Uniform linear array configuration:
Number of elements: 12
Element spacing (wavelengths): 1
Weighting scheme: hamming
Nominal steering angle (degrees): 45
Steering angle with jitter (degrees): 43.499
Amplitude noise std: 0.05
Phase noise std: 0.05

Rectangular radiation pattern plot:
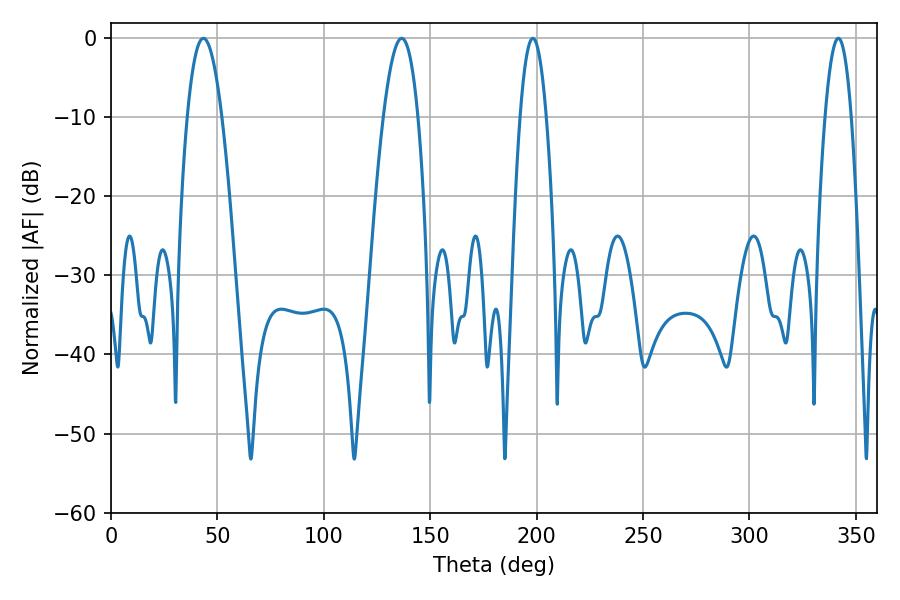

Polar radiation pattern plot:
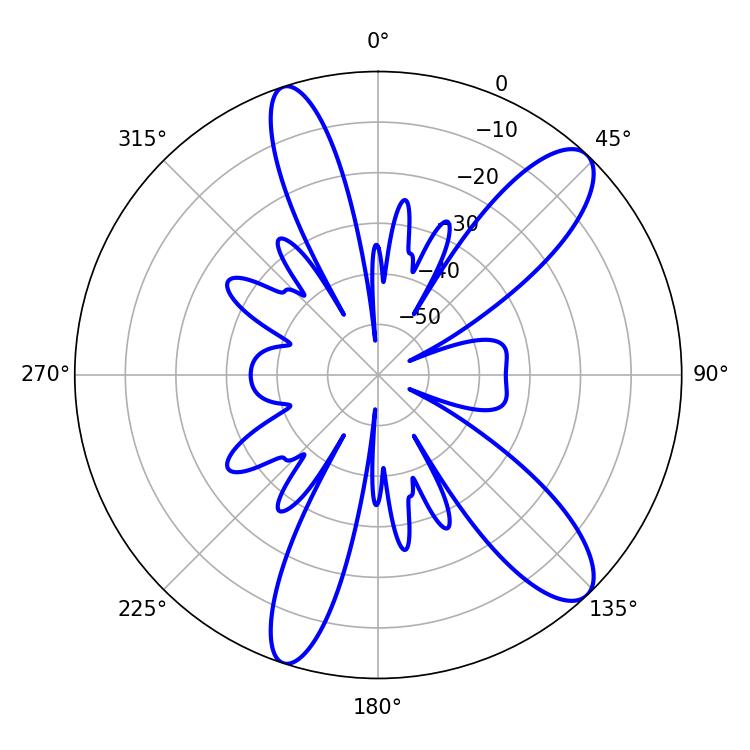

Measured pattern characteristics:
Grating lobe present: TRUE
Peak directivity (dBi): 11.233
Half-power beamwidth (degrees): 9
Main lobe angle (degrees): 43.38